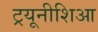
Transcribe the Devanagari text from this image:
ट्रयूनीशिआ